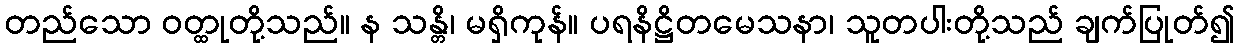
တည်သော ဝတ္ထုတို့သည်။ န သန္တိ၊ မရှိကုန်။ ပရနိဋ္ဌိတမေသနာ၊ သူတပါးတို့သည် ချက်ပြုတ်၍